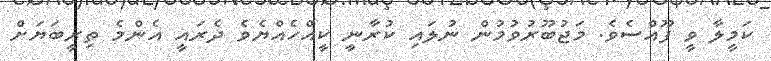
ކަމީލާ ވީ ފޫއްސެވެ. މަޖުބޫރުވުމުން ނުލައި ކުރާނީ ކީއްހެއްޔެވެ ދެރައީ އެންމެ ތިރީބަޔަށް